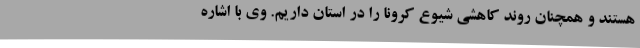
هستند و همچنان روند کاهشی شیوع کرونا را در استان داریم. وی با اشاره